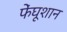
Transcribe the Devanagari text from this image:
फेंघूशान